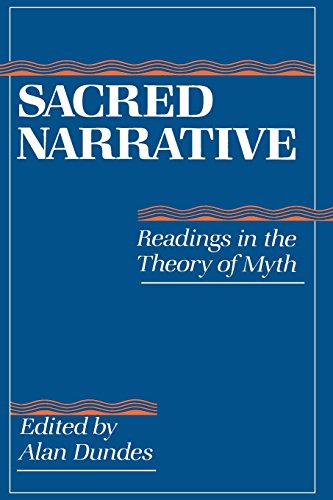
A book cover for Sacred Narrative: Readings in the Theory of Myth; Literature & Fiction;